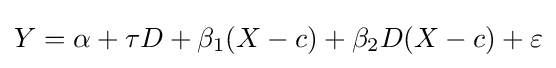
Y=\alpha +\tau D+\beta _{1}(X-c)+\beta _{2}D(X-c)+\varepsilon